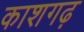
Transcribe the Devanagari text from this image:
काशगढ़